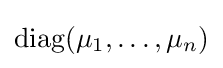
\operatorname {diag} (\mu _{1},\dots ,\mu _{n})